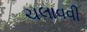
ચલાવવી